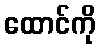
ထောင်ကို